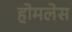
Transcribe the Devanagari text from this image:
होमलेस